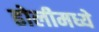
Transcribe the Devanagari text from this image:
ढोलीमध्ये